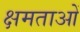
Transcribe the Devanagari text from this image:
क्षमताआें